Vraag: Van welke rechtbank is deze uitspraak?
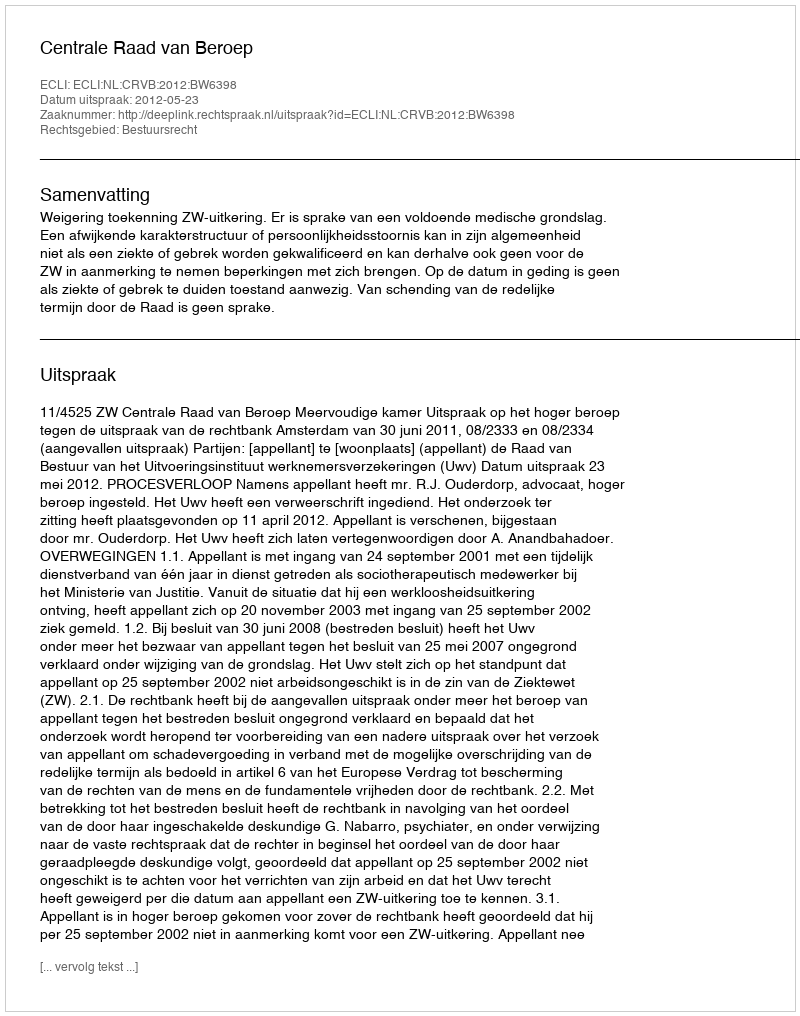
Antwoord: Centrale Raad van Beroep